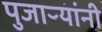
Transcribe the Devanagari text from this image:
पुजाऱ्यांनी